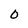
Character: O